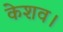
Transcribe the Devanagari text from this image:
केशव।